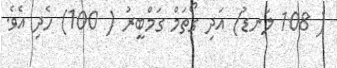
( 108 ލަނޑު) އަދި ގޯތަމް ގަމްބީރު ( 100) ހެދި އެވެ.